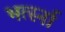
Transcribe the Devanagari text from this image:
भर्त्स्ना